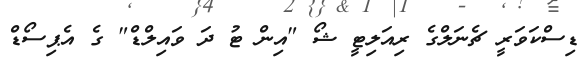
ޑިސްކަވަރީ ޗެނަލްގެ ރިއަލިޓީ ޝޯ "އިން ޓު ދަ ވައިލްޑް" ގެ އެޕިސޯޑް